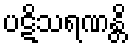
ပဋိသရဏန္တိ